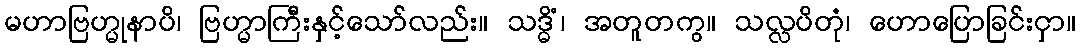
မဟာဗြဟ္မုနာပိ၊ ဗြဟ္မာကြီးနှင့်သော်လည်း။ သဒ္ဓိံ၊ အတူတကွ။ သလ္လပိတုံ၊ ဟောပြောခြင်းငှာ။